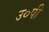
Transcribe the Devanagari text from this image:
उ०पी